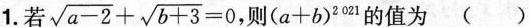
1.若$$\sqrt { a - 2 } + \sqrt { b + 3 } = 0$$则(a+b)^{2.021}的值为（）